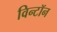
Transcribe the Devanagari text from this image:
विन्टॉन